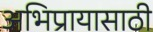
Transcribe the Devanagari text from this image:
अभिप्रायासाठी